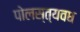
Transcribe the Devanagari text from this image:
पोलस्त्यवध